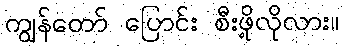
ကျွန်တော် ပြောင်း စီးဖို့လိုလား။